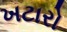
ખટારો